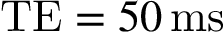
\mathrm { T E } = 5 0 \, \mathrm { m s }